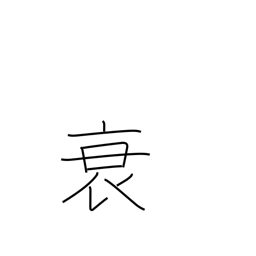
Meaning: weaken